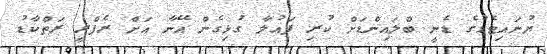
ޔުނައިޓެޑުގެ ޑެނީ ބްލައިންޑަށް ކުރި ފައުލާ ގުޅިގެން އޭނާ އަށް ރެފްރީ ރަތްކާޑު